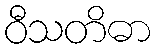
ဝီသတိဓာ